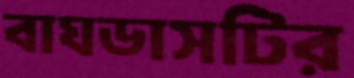
বাঘডাসটির